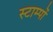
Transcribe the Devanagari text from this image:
स्टाम्पों